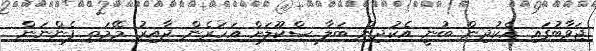
ޖަވާބުގައި އެކުދިން ބުނީ އެކުދިން ބަލާ ސްކޫލަށް އަހަރެން ދާއިރު މޭމަތި ފެންނަން